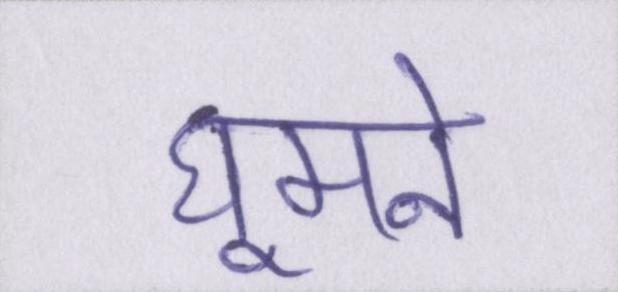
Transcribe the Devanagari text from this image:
घूमने